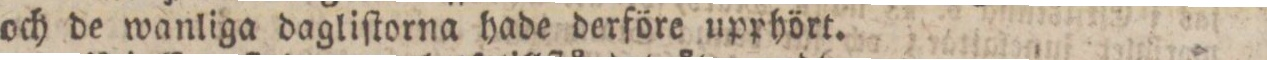
och de wanliga dagliſtorna hade derföre upphört.